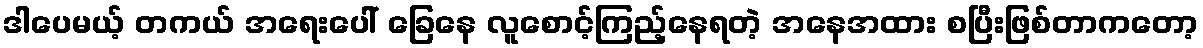
ဒါပေမယ့် တကယ် အရေးပေါ် ခြေနေ လူစောင့်ကြည့်နေရတဲ့ အနေအထား စပြီးဖြစ်တာကတော့